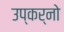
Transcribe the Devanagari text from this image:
उप्कर्नो